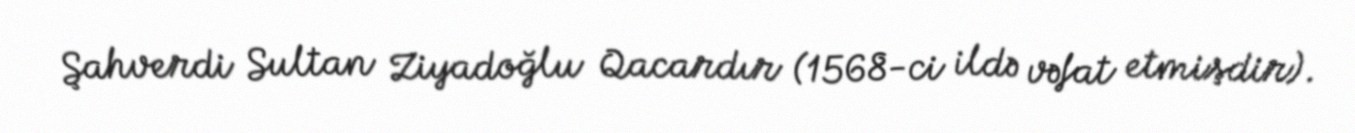
Şahverdi Sultan Ziyadoğlu Qacardır (1568-ci ildə vəfat etmişdir).